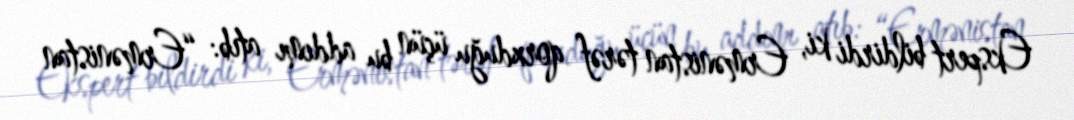
Ekspert bildirdi ki, Ermənistan tərəf qorxduğu üçün bu addımı atıb: “Ermənistan